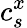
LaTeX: c_{s}^{x}